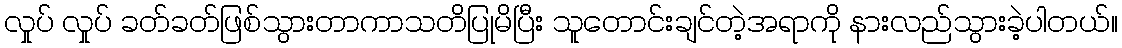
လှုပ် လှုပ် ခတ်ခတ်ဖြစ်သွားတာကာသတိပြုမိပြီး သူတောင်းချင်တဲ့အရာကို နားလည်သွားခဲ့ပါတယ်။